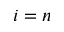
i = n